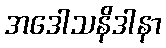
အဒေါသနိဒါနာ